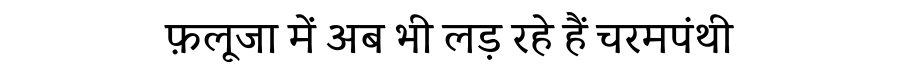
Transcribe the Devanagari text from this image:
फ़लूजा में अब भी लड़ रहे हैं चरमपंथी